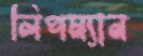
লিপম্যান